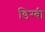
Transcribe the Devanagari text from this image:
डिग्‍बी